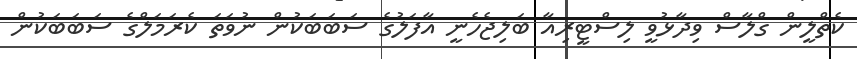
ކެތްލީން ގްލާސް ވިދާޅުވީ ލިސްޓީރިއާ ބަލިޖެހެނީ އާފަލުގެ ސަބަބަކުން ނުވަތަ ކެރަމަލްގެ ސަބަބަކުން